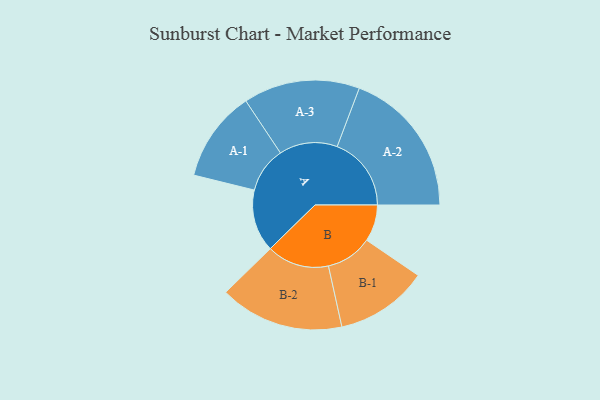
{"axis": {"x": "Segment", "y": "Value"}, "legend": ["", "A", "B"], "data": [{"x": "A", "y": 246, "type": ""}, {"x": "B", "y": 145, "type": ""}, {"x": "A-1", "y": 180, "type": "A"}, {"x": "A-2", "y": 293, "type": "A"}, {"x": "A-3", "y": 230, "type": "A"}, {"x": "B-1", "y": 183, "type": "B"}, {"x": "B-2", "y": 246, "type": "B"}]}